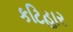
કટિહાર